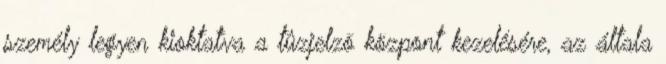
személy legyen kioktatva a tûzjelzõ központ kezelésére, az általa